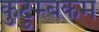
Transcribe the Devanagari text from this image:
कुटुम्‍बकम